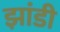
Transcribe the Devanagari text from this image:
झांडी